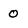
Character: 0